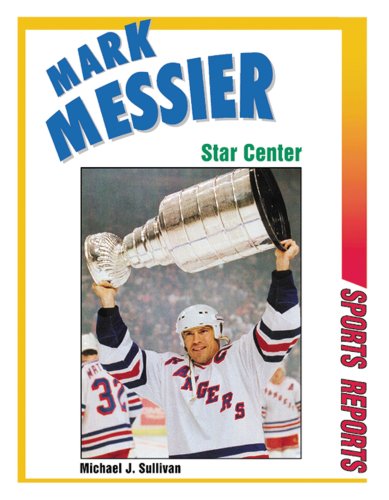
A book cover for Mark Messier: Star Center (Sports Reports); Mark Messier; Children's Books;